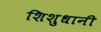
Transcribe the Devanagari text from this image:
शिशुधानी